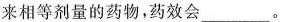
来相等剂量的药物，药效会_________。